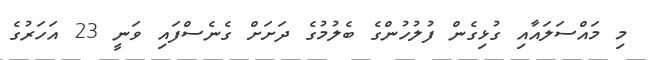
މި މައްސަލައާއި ގުޅިގެން ފުލުހުންގެ ބެލުމުގެ ދަށަށް ގެނެސްފައި ވަނީ 23 އަހަރުގެ